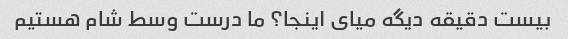
بیست دقیقه دیگه میای اینجا؟ ما درست وسط شام هستیم